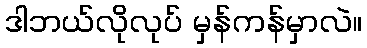
ဒါဘယ်လိုလုပ် မှန်ကန်မှာလဲ။